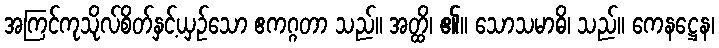
အကြင်ကုသိုလ်စိတ်နှင့်ယှဉ်သော ဧကဂ္ဂတာ သည်။ အတ္ထိ၊ ၏။ သောသမာဓိ၊ သည်။ ကေနဋ္ဌေန၊